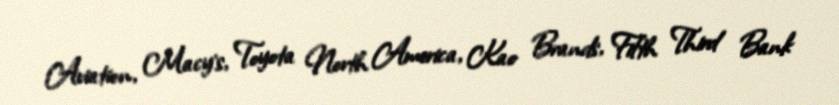
Aviation, Macy's, Toyota North America, Kao Brands, Fifth Third Bank